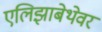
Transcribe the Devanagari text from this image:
एलिझाबेथेवर